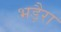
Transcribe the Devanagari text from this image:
भड़ैरा